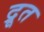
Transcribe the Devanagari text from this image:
द्रूत